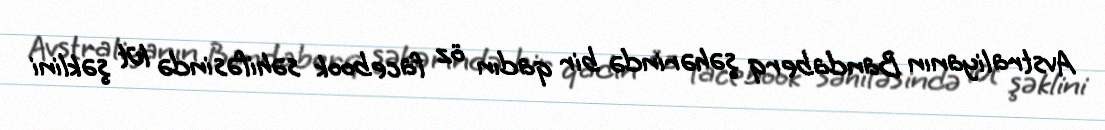
Avstraliyanın Bandaberq şəhərində bir qadın öz facebook səhifəsində lüt şəklini